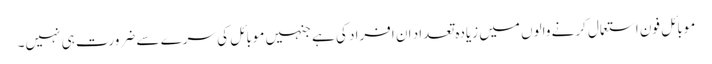
موبائل فون استعمال کرنے والوں میں زیادہ تعداد ان افراد کی ہے جنہیں موبائل کی سرے سے ضرورت ہی نہیں۔